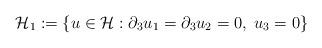
LaTeX: \begin{align*} \mathcal H_1 &:=\left\{u \in \mathcal H : \partial_3 u_1 = \partial_3 u_2 =0,\; u_3 = 0 \right\} \end{align*}